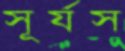
সূর্যস